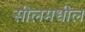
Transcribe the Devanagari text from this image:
सीलमधील